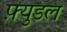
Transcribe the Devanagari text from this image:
फ़्युडल